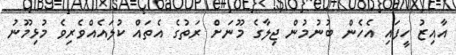
އާއިޒު ހީފައި އެހެން ބުނުމުން ޖިލާގެ މޫނަށް ރަތުގެ އެތައް ކުލައެއްވެރިވެ މުޅިމޫނު